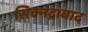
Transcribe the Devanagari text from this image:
सिक्नद्राबाद